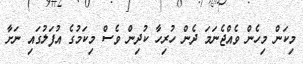
މިކަން މިހެން ވެއްޖެނަމަ ދެން ހުރިހާ ކުދިން ވެސް މިކަމުގެ އުފަލުގައި ނަށާ